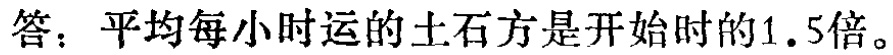
答：平均每小时运的土石方是开始时的\(1.5\)倍。